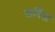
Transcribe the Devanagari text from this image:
वार्निश्ड